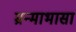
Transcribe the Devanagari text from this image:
म्रन्माभासा